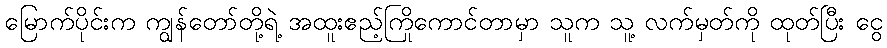
မြောက်ပိုင်းက ကျွန်တော်တို့ရဲ့ အထူးဧည့်ကြိုကောင်တာမှာ သူက သူ့ လက်မှတ်ကို ထုတ်ပြီး ငွေ